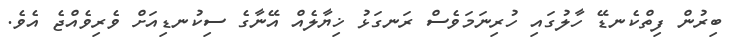
ބިރުން ފިތްކެނޑޭ ހާލުގައި ހުރިނަމަވެސް ރަނގަޅު ޚިޔާލެއް އޭނާގެ ސިކުނޑިއަށް ވެރިވެއްޖެ އެވެ.